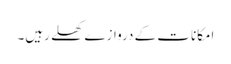
امکانات کے دروازے کھلے رہیں۔